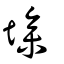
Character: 墋